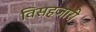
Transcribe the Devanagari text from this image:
विसहजारी